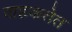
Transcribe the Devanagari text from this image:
वाहकतेत